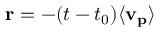
\mathbf { r } = - ( t - t _ { 0 } ) \langle \mathbf { v _ { p } } \rangle